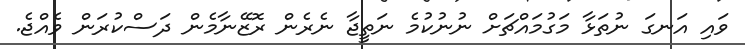
ވައި އަނގަ ނުތަޅާ މަގުމައްޗަށް ނުނުކުމެ ނަތީޖާ ނެރެން ރޮޒޭނާމެން ދަސްކުރަން ވެއްޖެ.